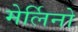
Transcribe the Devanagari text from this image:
मेर्लिनो